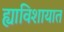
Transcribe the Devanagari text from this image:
ह्याविशायात